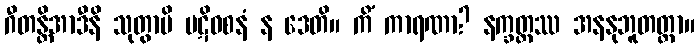
ဂီတန္တိအာဒီနိ သုတွာပိ ပဋိဝစနံ န ဒေတိ။ ကိံ ကာရဏာ? နက္ခတ္တဿ အနနုဘူတတ္တာ။